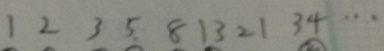
1 2 3 5 8 1 3 2 1 3 4 \cdots